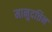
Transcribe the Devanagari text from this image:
मानुदत्तिन